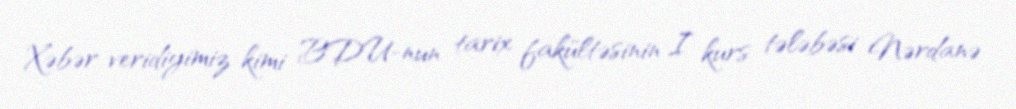
Xəbər veridiyimiz kimi BDU-nun tarix fakültəsinin I kurs tələbəsi Nərdanə